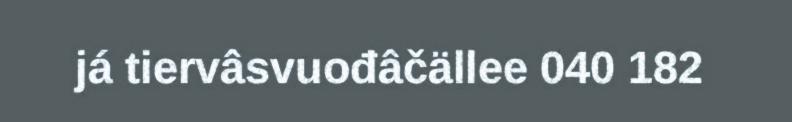
já tiervâsvuođâčällee 040 182